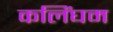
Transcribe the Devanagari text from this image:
कलिंघम